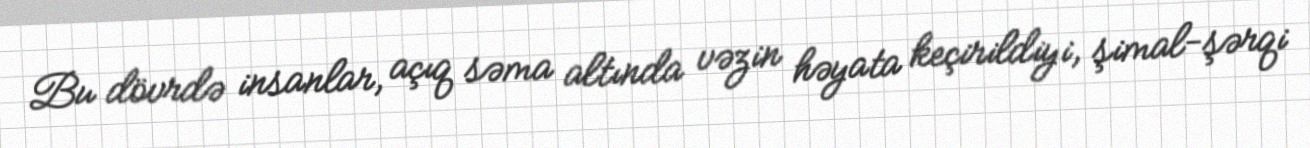
Bu dövrdə insanlar, açıq səma altında vəzin həyata keçirildiyi, şimal-şərqi